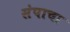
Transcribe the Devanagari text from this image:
संपाचा